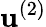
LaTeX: \mathbf{u}^{(2)}